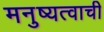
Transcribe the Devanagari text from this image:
मनुष्यत्वाची